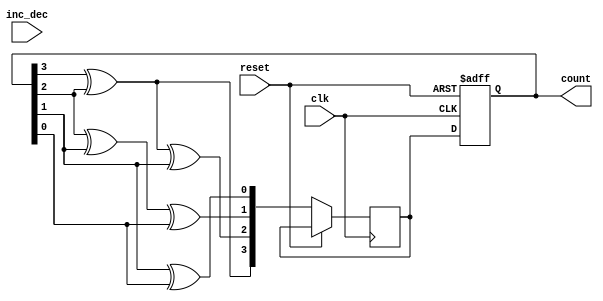
module gray_counter (
    input wire clk,     // Clock input
    input wire reset,   // Reset input
    input wire inc_dec, // Increment/Decrement input
    output reg [3:0] count // Output representing the current count value in Gray code
);

reg [3:0] next_count;

always @ (posedge clk or posedge reset) begin
    if (reset) begin
        count <= 4'b0000;
    end else begin
        if (inc_dec) begin
            next_count[3] <= count[3] ^ count[2];
            next_count[2] <= count[3] ^ count[2] ^ count[1];
            next_count[1] <= count[2] ^ count[1] ^ count[0];
            next_count[0] <= count[1] ^ count[0];
        end else begin
            next_count[0] <= count[1] ^ count[0];
            next_count[1] <= count[2] ^ count[1] ^ count[0];
            next_count[2] <= count[3] ^ count[2] ^ count[1];
            next_count[3] <= count[3] ^ count[2];
        end
        count <= next_count;
    end
end

endmodule